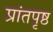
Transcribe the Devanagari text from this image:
प्रांतपृष्ठ